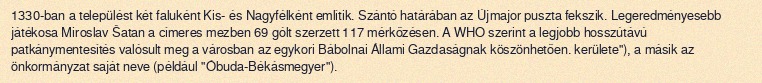
1330-ban a települést két faluként Kis- és Nagyfélként említik. Szántó határában az Újmajor puszta fekszik. Legeredményesebb játékosa Miroslav Šatan a címeres mezben 69 gólt szerzett 117 mérkőzésen. A WHO szerint a legjobb hosszútávú patkánymentesítés valósult meg a városban az egykori Bábolnai Állami Gazdaságnak köszönhetően. kerülete"), a másik az önkormányzat saját neve (például "Óbuda-Békásmegyer").